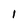
Character: 1